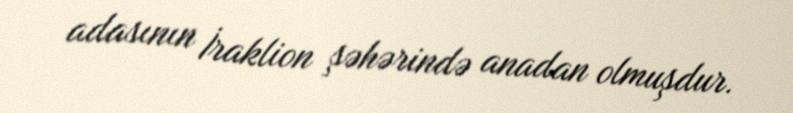
adasının İraklion şəhərində anadan olmuşdur.